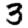
Digit: 3